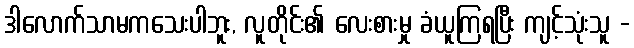
ဒါလောက်သာမကသေးပါဘူး, လူတိုင်း၏ လေးစားမှု ခံယူကြရပြီး ကျင့်သုံးသူ -